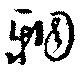
輖